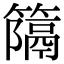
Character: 𥴩